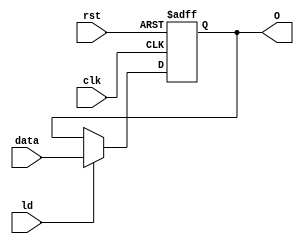
module Register #(parameter size=8) (input clk, ld, rst, input [size-1:0]data, output reg [size-1:0]O);
  always @(negedge clk, posedge rst) begin
    if(rst)
	  O <= {(size){1'b0}};
	else if(ld)
      O <= data;
  end
endmodule